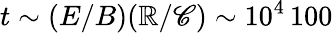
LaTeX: t\sim(E/B)(\mathbb{R}/\mathscr{C})\sim10^{4}\, 100